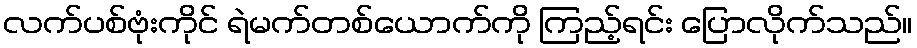
လက်ပစ်ဗုံးကိုင် ရဲမက်တစ်ယောက်ကို ကြည့်ရင်း ပြောလိုက်သည်။